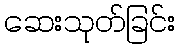
ဆေးသုတ်ခြင်း